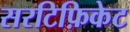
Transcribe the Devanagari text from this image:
सरटिफ़िकेट